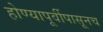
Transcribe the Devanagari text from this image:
होण्यापूर्वीपासूनच